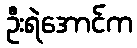
ဦးရဲအောင်က